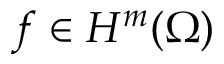
f \in H ^ { m } ( \Omega )